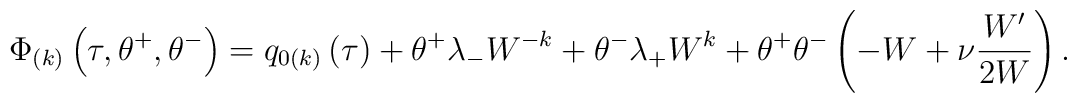
\Phi _{\left( k\right) }\left( \tau, \theta ^{+}, \theta ^{-}\right)=q_{0\left( k\right) }\left( \tau \right) +\theta ^{+}\lambda_{-}W^{-k}+\theta ^{-}\lambda _{+}W^k+\theta ^{+}\theta ^{-}\left( -W+\nu\frac{W^{\prime }}{2W}\right)  .